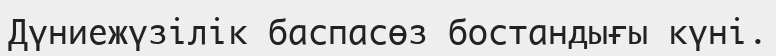
Дүниежүзілік баспасөз бостандығы күні.